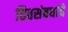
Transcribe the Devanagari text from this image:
हितसंबधांचे